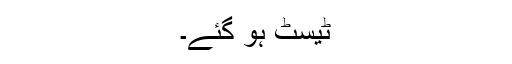
ٹیسٹ ہو گئے۔